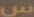
س